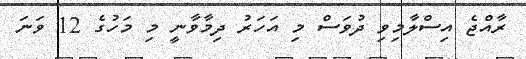
ރާއްޖެ އިސްލާމިވި ދުވަސް މި އަހަރު ދިމާވާނީ މި މަހުގެ 12 ވަނަ